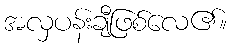
အလှပန်းချီဖြစ်လေ၏။